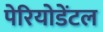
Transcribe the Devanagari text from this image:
पेरियोडेंटल